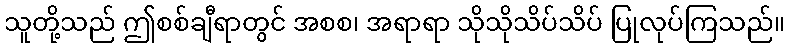
သူတို့သည် ဤစစ်ချီရာတွင် အစစ၊ အရာရာ သိုသိုသိပ်သိပ် ပြုလုပ်ကြသည်။